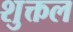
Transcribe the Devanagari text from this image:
शुक्तल